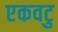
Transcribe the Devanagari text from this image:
एकवटु